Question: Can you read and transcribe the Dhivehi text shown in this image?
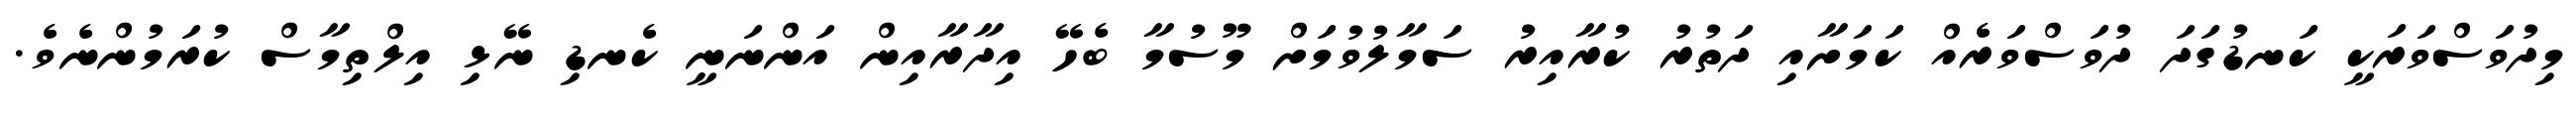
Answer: މިދުވަސްވަރަކީ ކަނޑުގަދަ ދުވަސްވަރެއް ކަމަށާއި ދަތުރު ކުރާއިރު ސަމާލުވުމަށް މޫސުމާ ބެހޭ އިދާރާއިން އަންނަނީ ކެނޑި ނޭޅި އިލްތިމާސް ކުރަމުންނެވެ.